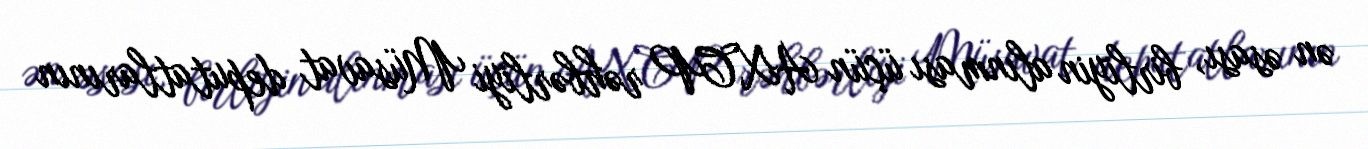
ən əsası, birliyin alınması üçün AXCP rəhbərliyi Müsavat deputatlarının